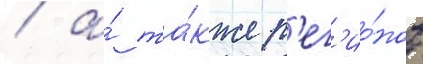
/ а́ та́кже р'ег'ио́нов